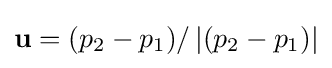
\mathbf {u} =(p_{2}-p_{1})/\left|(p_{2}-p_{1})\right|